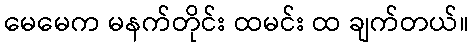
မေမေက မနက်တိုင်း ထမင်း ထ ချက်တယ်။